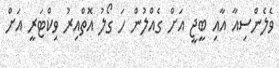
ވެލެންސިއާ އާއި ބީޖީ އަށް ގެއްލުން ހަ ގޯލު އޮތްއިރު ވިކްޓަރީ އަށް